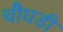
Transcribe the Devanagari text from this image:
चौघडी